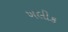
ખલીક